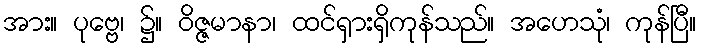
အား။ ပုဗ္ဗေ၊ ၌။ ဝိဇ္ဇမာနာ၊ ထင်ရှားရှိကုန်သည်။ အဟေသုံ၊ ကုန်ပြီ။